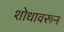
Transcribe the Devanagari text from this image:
शोधावरून